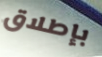
بإطلاق